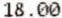
18.00